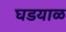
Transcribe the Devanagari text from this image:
घडयाळ